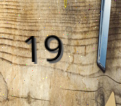
19